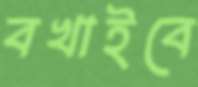
বখাইবে